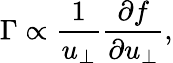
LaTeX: \Gamma\propto\frac{1}{u_{\perp}}\frac{\partial f}{\partial u_{\perp}},